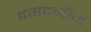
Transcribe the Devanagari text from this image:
दगदगीने